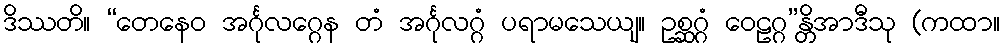
ဒိဿတိ။ “တေနေဝ အင်္ဂုလဂ္ဂေန တံ အင်္ဂုလဂ္ဂံ ပရာမသေယျ။ ဥစ္ဆဂ္ဂံ ဝေဠဂ္ဂ”န္တိအာဒီသု (ကထာ။